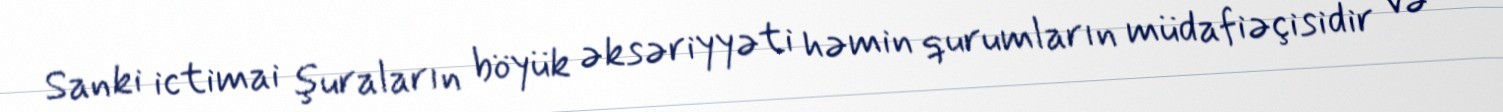
Sanki ictimai şuraların böyük əksəriyyəti həmin qurumların müdafiəçisidir və